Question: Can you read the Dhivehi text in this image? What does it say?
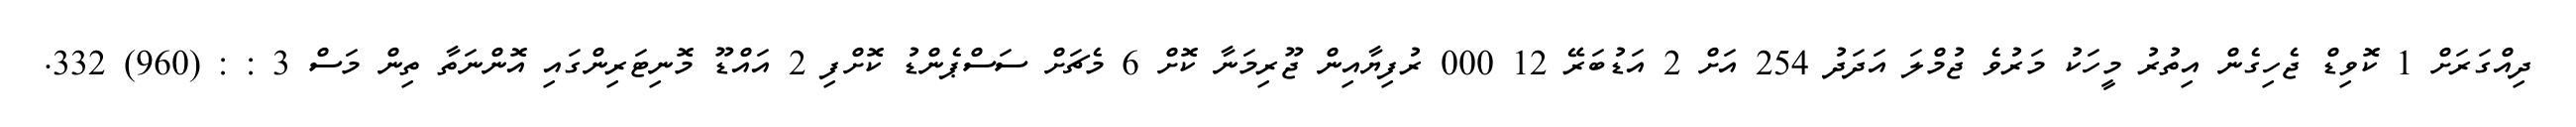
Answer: ދިއްގަރަށް 1 ކޮވިޑް ޖެހިގެން އިތުރު މީހަކު މަރުވެ ޖުމްލަ އަދަދު 254 އަށް 2 އަޑުބަރޭ 12 000 ރުފިޔާއިން ޖޫރިމަނާ ކޮށް 6 މެޗަށް ސަސްޕެންޑު ކޮށްފި 2 އައްޑޫ މޮނިޓަރިންގައި އޮންނަތާ ތިން މަސް 3 : : (960) 332.